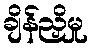
ချိန်ညှိမှု